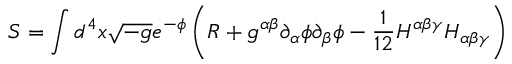
S = \int d ^ { 4 } x \sqrt { - g } e ^ { - \phi } \left( R + g ^ { \alpha \beta } \partial _ { \alpha } \phi \partial _ { \beta } \phi - \frac 1 { 1 2 } H ^ { \alpha \beta \gamma } H _ { \alpha \beta \gamma } \right)